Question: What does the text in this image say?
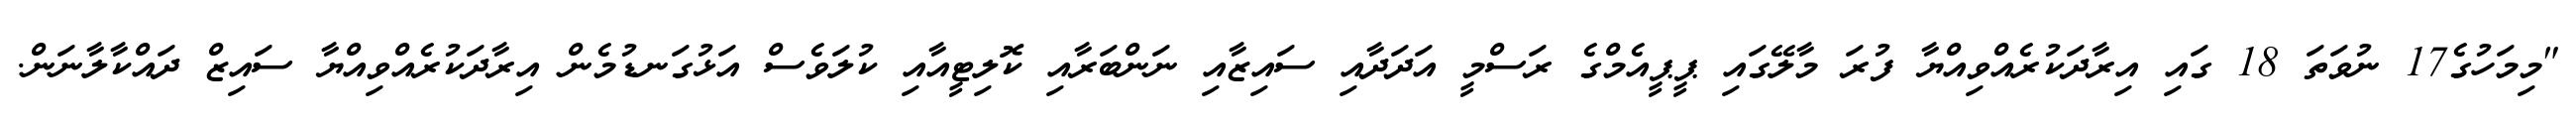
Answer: "މިމަހުގެ17 ނުވަތަ 18 ގައި އިރާދަކުރެއްވިއްޔާ ފުރަ މާލޭގައި ޕީޕީއެމްގެ ރަސްމީ އަދަދާއި ސައިޒާއި ނަންބަރާއި ކޮލިޓީއާއި ކުލަވެސް އަޅުގަނޑުމެން އިރާދަކުރެއްވިއްޔާ ސައިޒް ދައްކާލާނަން.